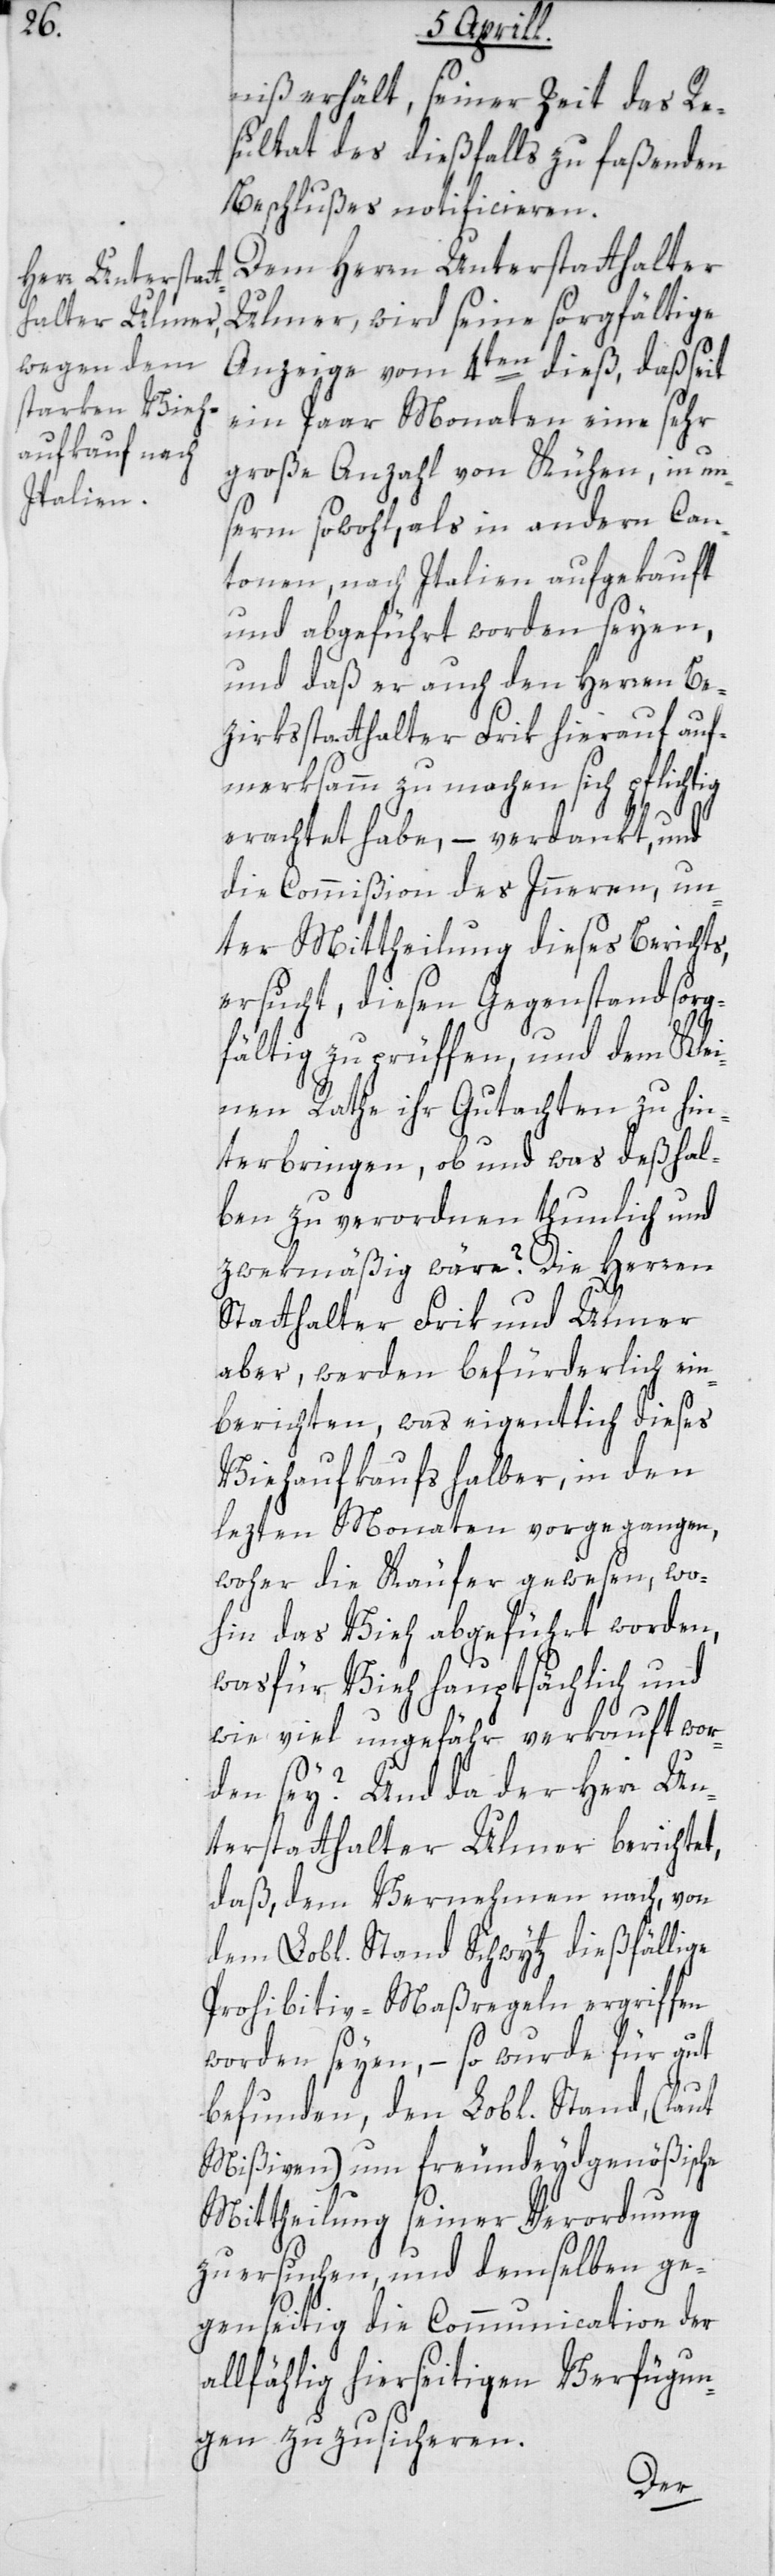
niß erhält, seiner Zeit das Re¬
sultat des dießfalls zu fassenden
Beschlußes notificieren.
Dem Herrn Unterstatthalter
Ulmer, wird seine sorgfältige
Anzeige vom 4ten dieß, daß seit
ein Paar Monaten eine sehr
große Anzahl von Kühen, in un¬
serm sowohl, als in andern Can¬
tonen, nach Italien aufgekauft
und abgeführt worden seien,
und daß er auch den Herren Be¬
zirksstatthalter Frik hierauf auf¬
merksam zu machen sich pflichtig
erachtet habe, – verdankt, und
die Commißion des Innern, un¬
ter Mittheilung dieses Berichts
ersucht, diesen Gegenstand sorg¬
fältig zu prüffen und dem Klei¬
nen Rathe ihr Gutachten zu hin¬
terbringen, ob und was deßhal¬
ben zu verordnen thunlich und
zwekmäßig wäre? Die Herren
Statthalter Frik und Ulmer
aber, werden befürderlich ein¬
berichten, was eigentlich dieses
Viehaufkaufs halber, in den
letzten Monaten vorgegangen,
woher die Käufer gewesen, wo¬
hin das Vieh abgeführt worden,
was für Vieh hauptsächlich und
wie viel ungefähr verkauft wor¬
den sey? Und da der Herr Un¬
terstatthalter Ulmer berichtet,
daß dem Vernehmen nach, von
dem Lobl. Stand Schwytz dießfällige
Prohibitiv-Maßregeln ergriffen
worden seyen, – so wurde für gut
befunden, den Lobl. Stand, (laut
Mißiven) um freundeydgenößische
Mittheilung seiner Verordnung
zu ersuchen, und demselben ge¬
genseitig die Communication der
allfählig hierseitigen Verfügun¬
gen zu zusicheren.